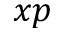
x p